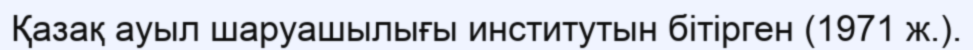
Қазақ ауыл шаруашылығы институтын бітірген (1971 ж.).